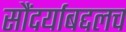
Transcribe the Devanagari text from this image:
सौंदर्याबद्दलच